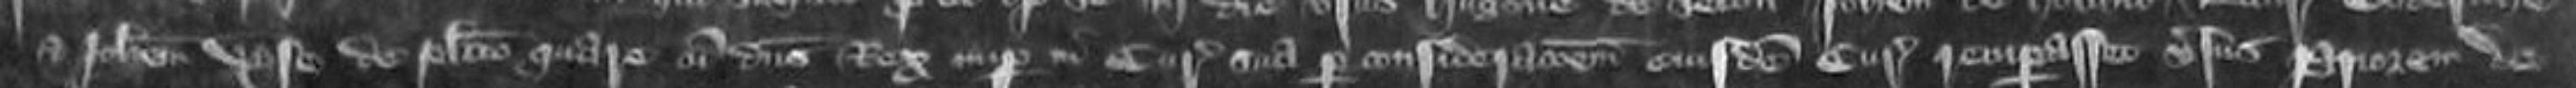
Johannem Vyse de placito quare cum dominus Rex nuper in curia sua per considerationem eiusdem curie recuperasset versus Priorem de